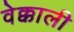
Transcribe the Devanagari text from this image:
वेक्काली